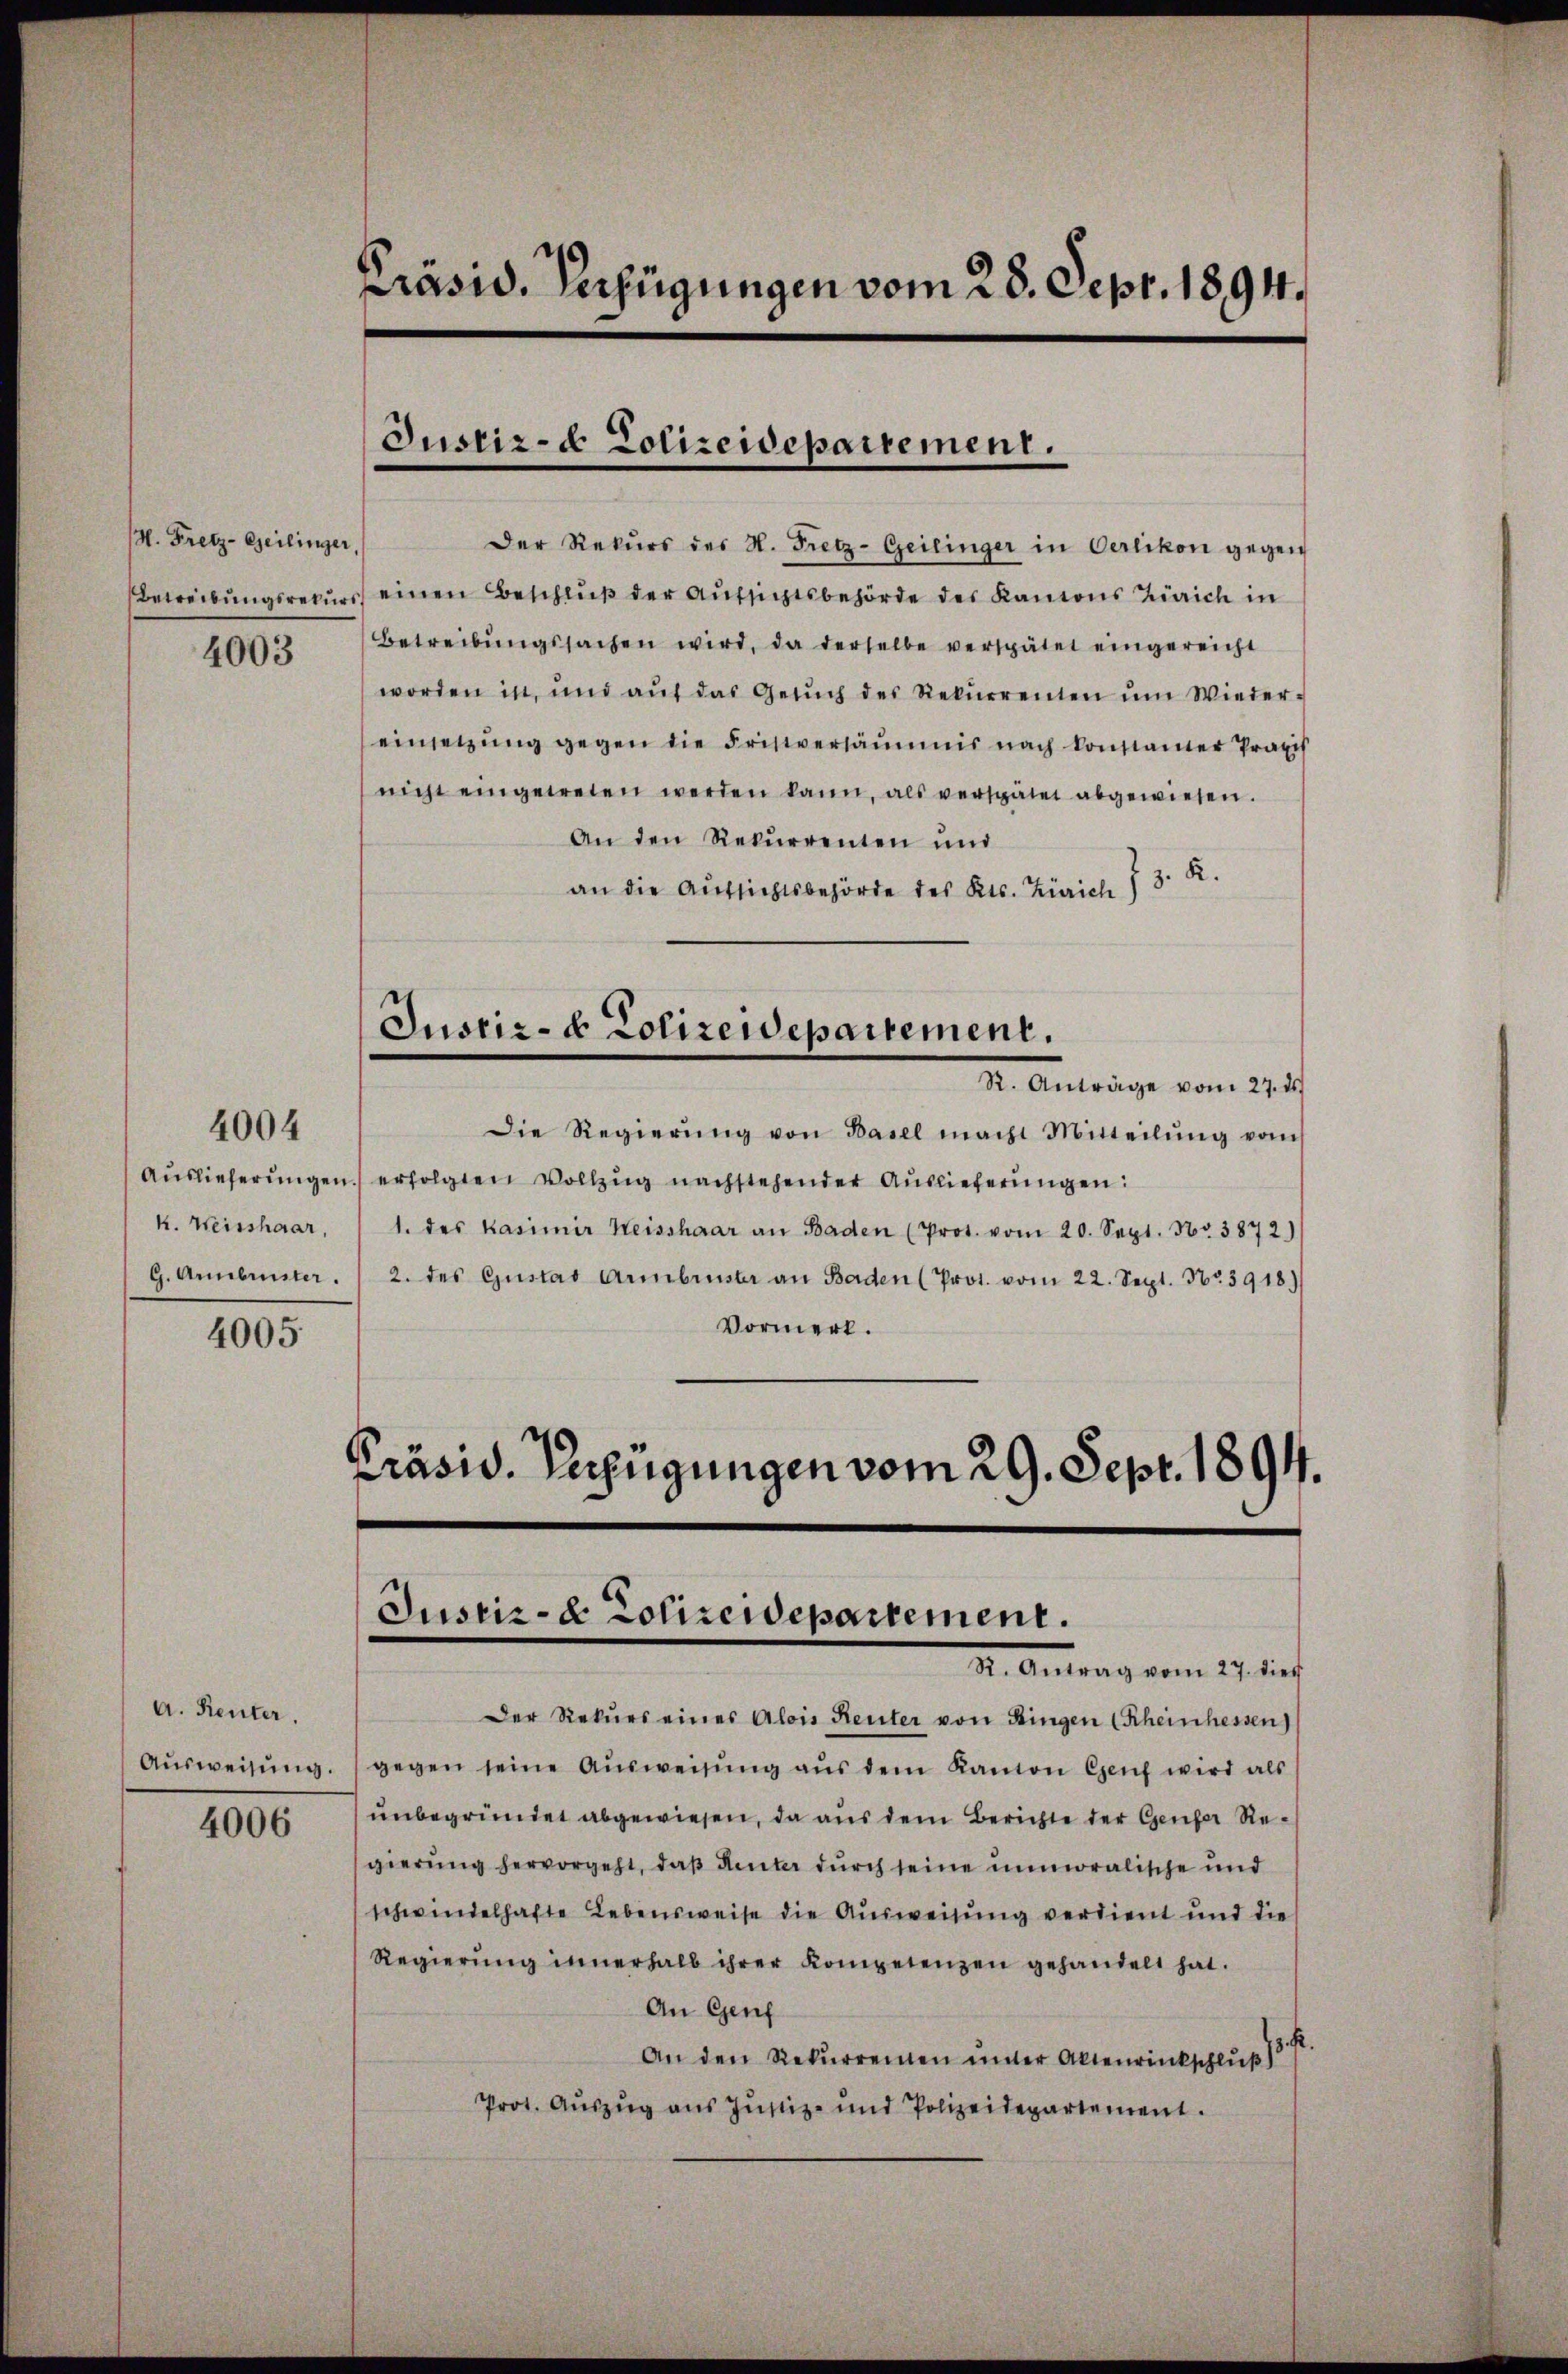
H. Fretz-Geilinger,
4003

Auslieferungen
k. Weisshaar,
G. Arbunter.

4004

4005.

A. Renter.
Ausweisung.

4006

Präsid. Verfügungen vom 28. Sept. 1894.

Justiz- & Polizeidepartement.

Der Rekurs des H. Pretz-Geilinger in Oerlikon gegen
Betreibŭngsrekŭrs einen Beschluß der Aufsichtsbehörde des Kantons Zürich in
Betreibŭngssachen wird, da derselbe verspätet eingereicht
worden in und aŭf das Gesŭch des Rekŭrrenten ŭm Wieder-
einsetzung gegen die Fristversäumis nach konstanter Praxis
nicht eingewesen werden kann, als verspätet abgewiesen.
An den Rekŭrrenten und
an die Aŭfsichtsbehörde des Kts. Zürich 7 3. K.
Justiz- & Polizeidepartement.
R. Anträge vom 27. ds.
Die Regierŭng von Basel macht Mitteilŭng vom
n. erfolgten Vollzug nachstehender Auslieferungen:
1. des Kasimir Weisshaar an Baden (Prot. vom 20. Sept. Nr. 3872)
2. des Gustav Armbruster an Baden (Prot. vom 22. Sept. Nr. 3918.)
Vormerk.
Präsid. Verfügungen vom 29. Sept. 1894.

Justiz- & Polizeidepartement.
X. Antrag vom 27. dies

Der Rekurs eines Alois Reuter von Ringen (Scheinhessen)
gegen seine Aŭsweisŭng aŭs dem Kanton Genf wird als
unbegründet abgewiesen, da aus dem Berichte der Gener Regierung hervorgeht, daß hinter durch seine unmoralische und
schwindelhafte Lebensweise die Ausweisung verdient und die
Regierŭng innerhalb ihrer Kompetenzen gehandelt hat.
An Genf
An den Rekurrenten ŭnter Aktenrückschluß 13
Prot. Auszug aus Justiz- und Polizeidepartement.